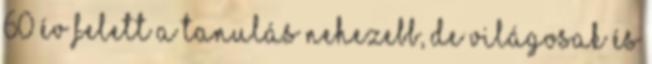
60 év felett a tanulás nehezebb, de világosak és